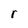
Character: r